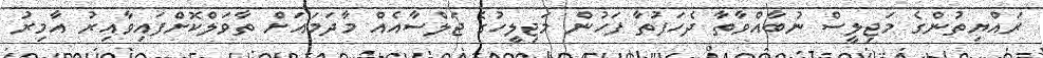
ރައްޔިތުންގެ މަޖިލީސް ނުބާއްވާތާ ދެހަފުތާ ފަހުން މަޖިލީހުގެ ޖަލްސާއެއް މާދަމައަށް ތާވަލްކޮށްފައިވާއިރު އާމިރު